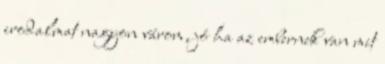
irodalmat nagyon várom, jó ha az embernek van mit